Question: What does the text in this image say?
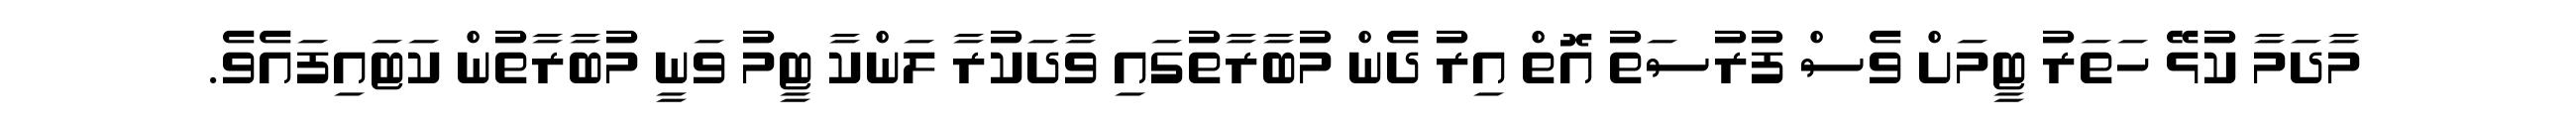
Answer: މާދަމާ ކުޅޭ ހަތަރު ޓީމަށް ވެސް ފުރުސަތު އޮތް އިރު ދެން މުބާރާތުގައި ވާދަކުރާ ލަންކާ ޓީމު ވަނީ މުބާރާތުން ކަޓައިފައެވެ.